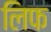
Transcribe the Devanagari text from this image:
लिफ